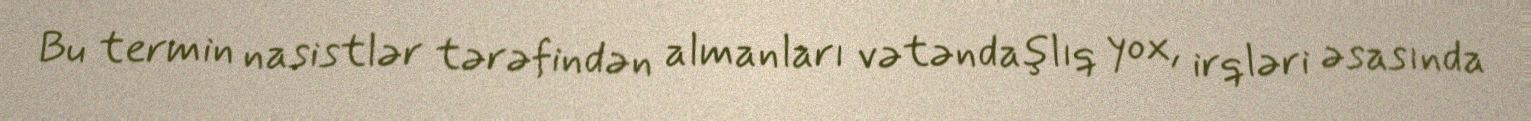
Bu termin nasistlər tərəfindən almanları vətəndaşlıq yox, irqləri əsasında